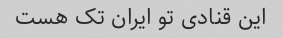
این قنادی تو ایران تک هست